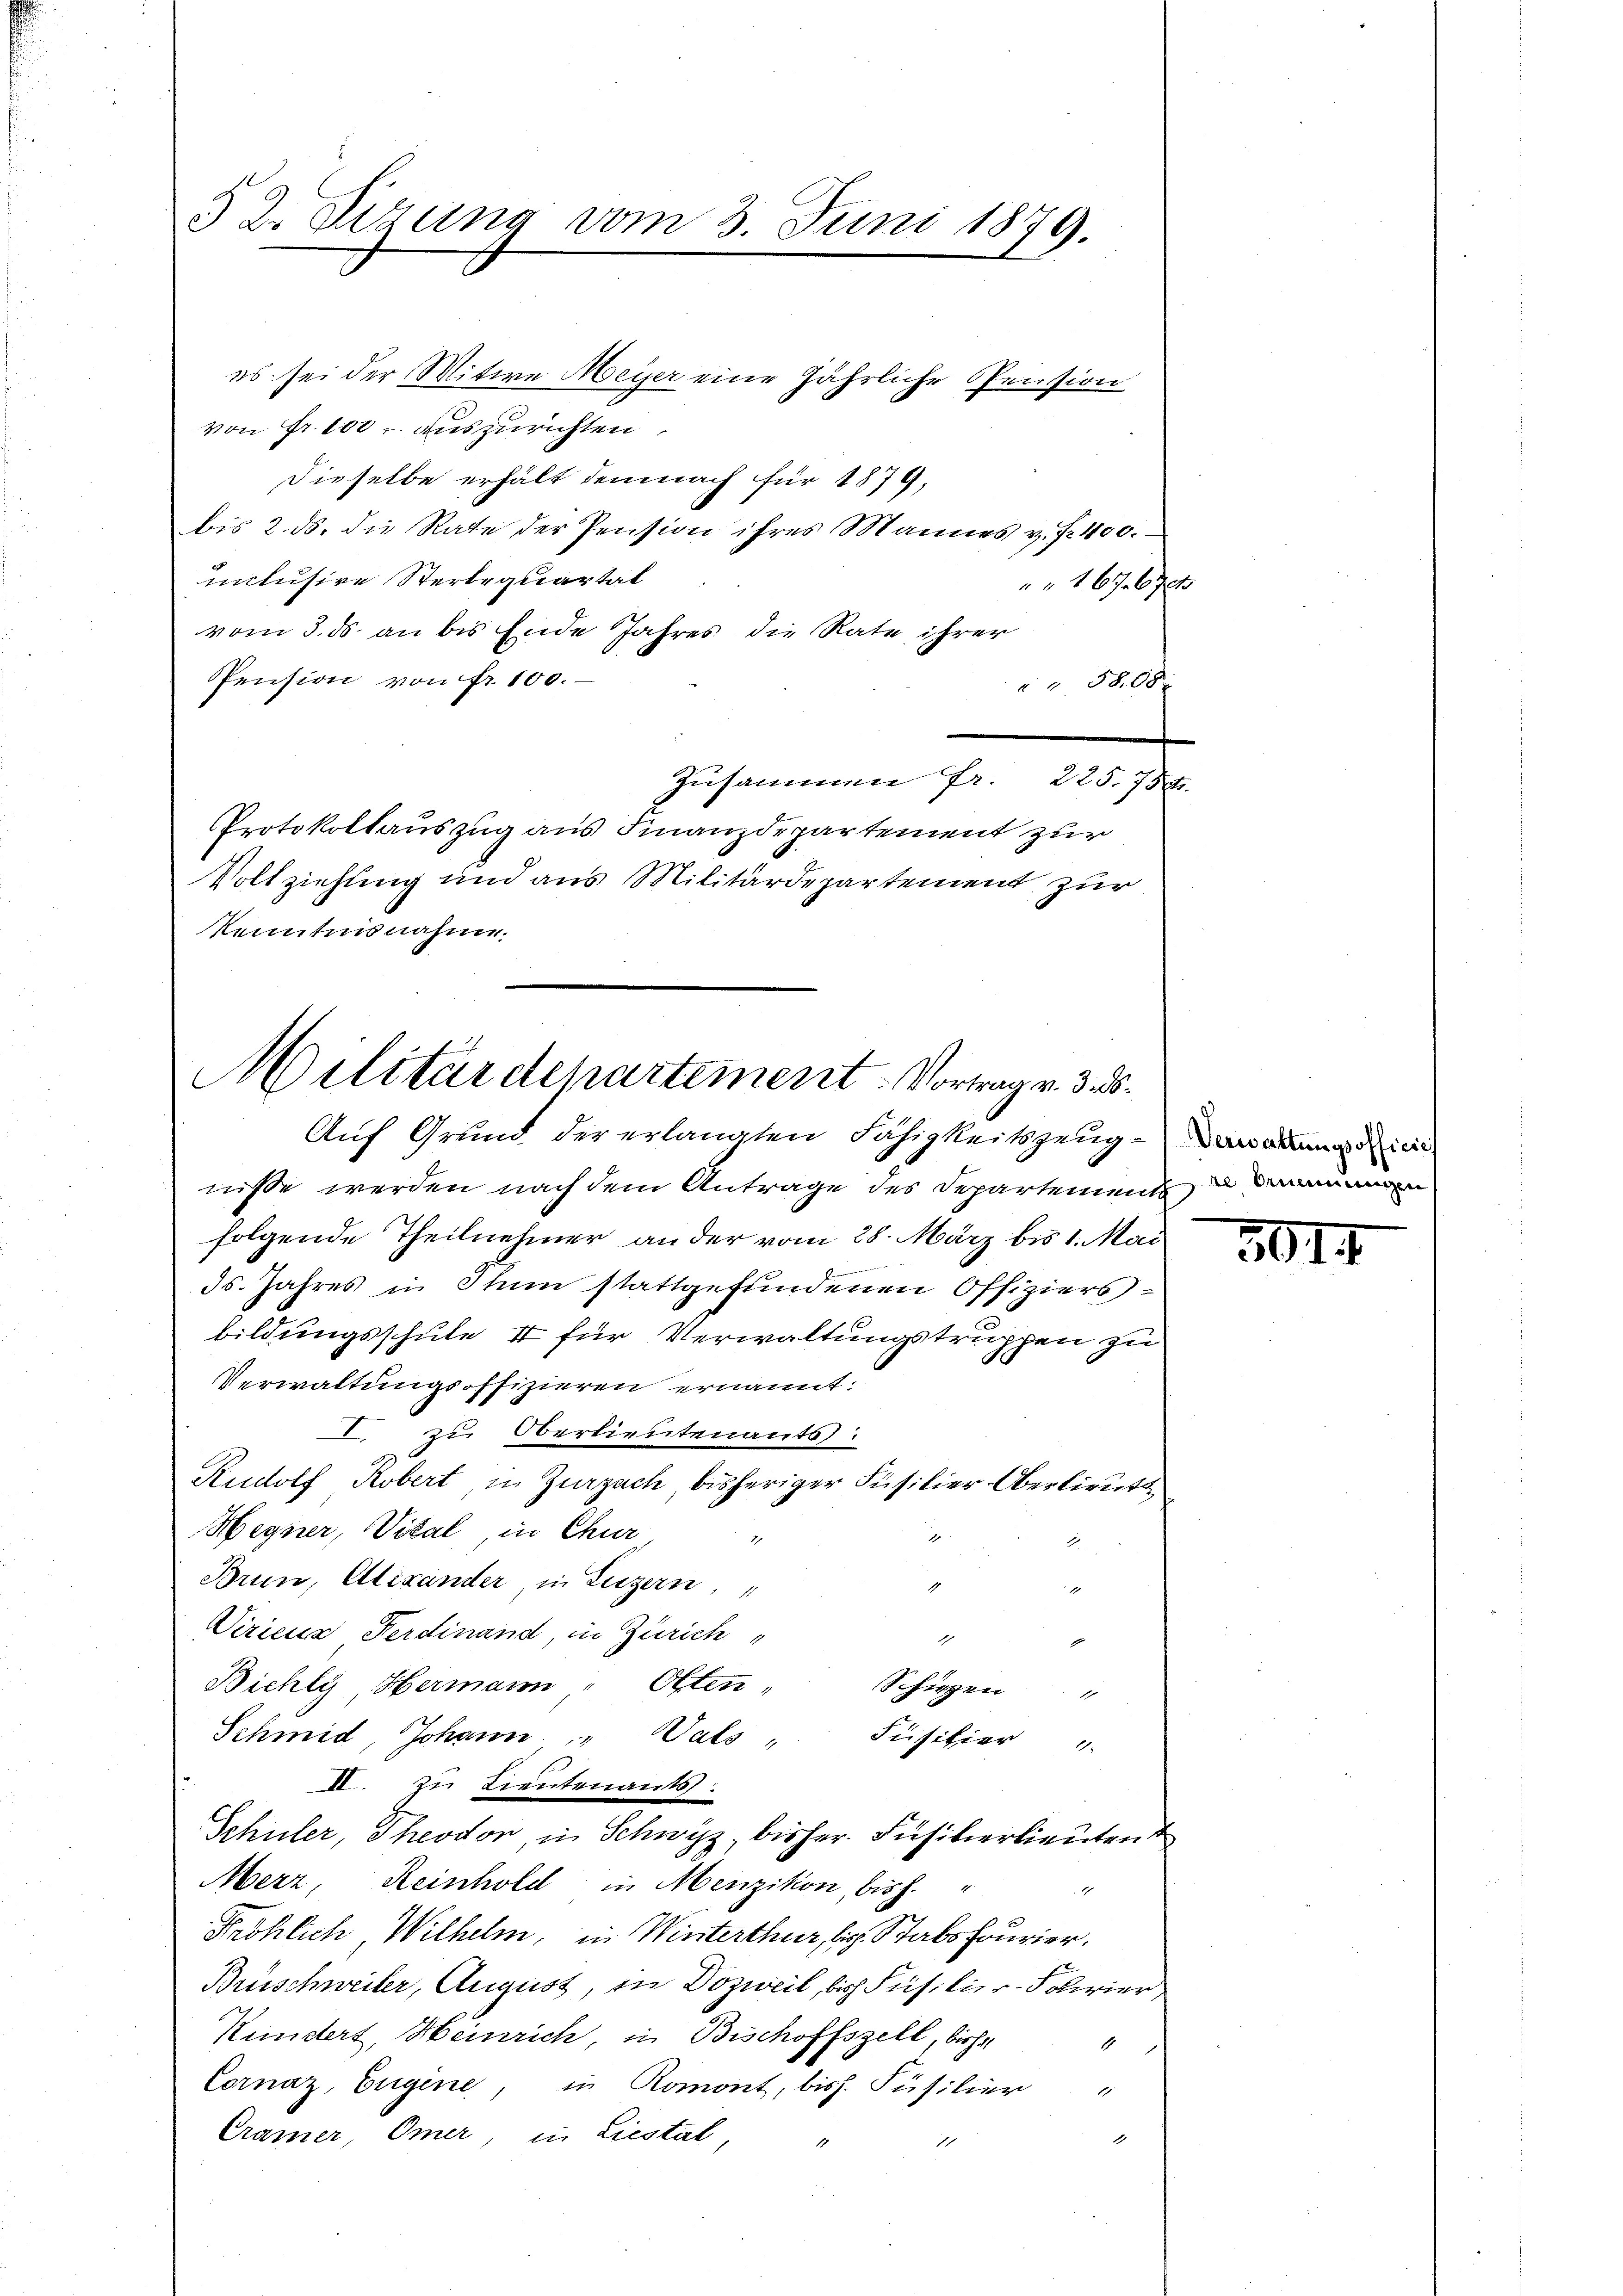
52. Sizung vom 3. Juni 1879.

es sei der Witwe Meyer eine jährliche Pension
von Fr. 100 - auszurichten.
Dieselbe erhält demnach für 1879,
bis 2. ds. die Rate der Pension ihres Mannes v. fr. 400.
intusire Sterbequartal
167. 67
vom 3. ds. an bis Ende Jahres die Rate ihrer
PPension von fr. 100.
 5800
Zusammen fr. 225. 754.
Protokollauszug aus Finanzdepartement zur
Vollziehung und aus Militärdepartement zur
Kenntnisnahme.

Militärdepartement. Vortrag v. 3. d.

Auf Grund der erlangten Fähigkeitszeugniße werden nach dem Antrage des Departement u dann
folgende Theilnehmer an der vom 28. März bis 1. Mai
.
Is. Jahres in Ihm stattgefundenen Offiziers-
bildungsschule I für Verwaltungstruppen zu
Verwaltungsoffizieren ernannt:
I. zu Oberlieutenants:
Rudolf Robert, in Zurzach, bisheriger Füsilier Oberlieutte
Hegner, Vital, in Chur
Brun, Alexander, in Luzern,

Viriena Ferdinand, in Zürich
d
Bichly, Hermann Otten,
Schiehen
1
Schmid, Johann " " als " Füsilier "
II. zu Lieutenants
Schüler, Theodor, in Schwyz, bisher Füsilierlieutent
Merz, Reinhold in Menzikon, bis h.
1.
Pröhlich Wilhelm, in Winterthur, bis Stabsfourier.
Brischweiler, August, in Dozweil, bis Füsilier-Solivier
Kundert, Heinrich, in Bischoffszell, bisher
Cornaz, Eugene, in Romont, bish. Füsilier
Cramer, Omer in Liestal,
d
1
1

Verwaltungsofficie

5014